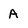
Character: A